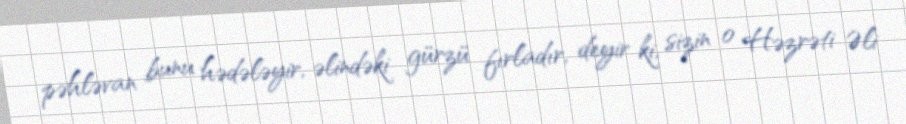
pəhləvan bunu hədələyir, əlindəki gürzü fırladır, deyir ki, sizin o Həzrəti Əli